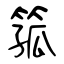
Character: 箛